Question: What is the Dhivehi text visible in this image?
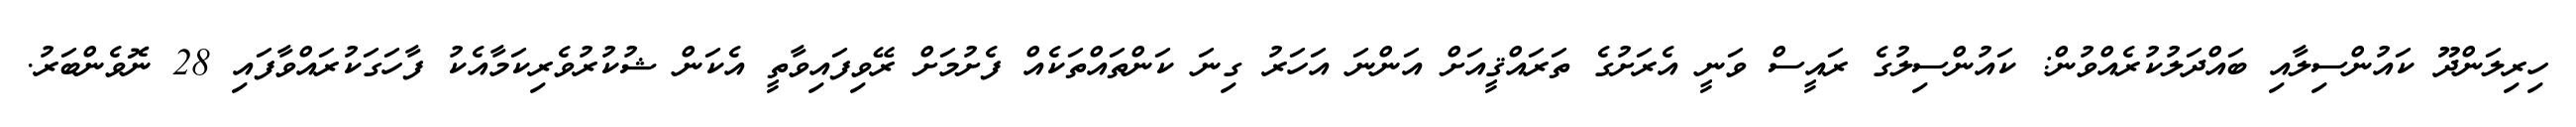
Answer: ހިރިލަންދޫ ކައުންސިލާއި ބައްދަލުކުރެއްވުން: ކައުންސިލުގެ ރައީސް ވަނީ އެރަށުގެ ތަރައްޤީއަށް އަންނަ އަހަރު ގިނަ ކަންތައްތަކެއް ފެށުމަށް ރޭވިފައިވާތީ އެކަން ޝުކުރުވެރިކަމާއެކު ފާހަގަކުރައްވާފައި 28 ނޮވެންބަރު.